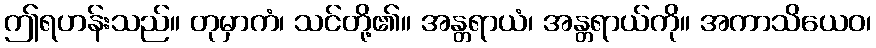
ဤရဟန်းသည်။ တုမှာကံ၊ သင်တို့၏။ အန္တရာယံ၊ အန္တရာယ်ကို။ အကာသိယေဝ၊